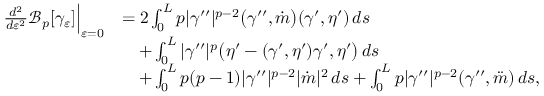
\begin{array} { r l } { \frac { d ^ { 2 } } { d \varepsilon ^ { 2 } } \mathcal { B } _ { p } [ \gamma _ { \varepsilon } ] \Big | _ { \varepsilon = 0 } } & { = 2 \int _ { 0 } ^ { L } p | \gamma ^ { \prime \prime } | ^ { p - 2 } \big ( \gamma ^ { \prime \prime } , \dot { m } \big ) ( \gamma ^ { \prime } , \eta ^ { \prime } ) \, d s } \\ & { \quad + \int _ { 0 } ^ { L } | \gamma ^ { \prime \prime } | ^ { p } \big ( \eta ^ { \prime } - ( \gamma ^ { \prime } , \eta ^ { \prime } ) \gamma ^ { \prime } , \eta ^ { \prime } \big ) \, d s } \\ & { \quad + \int _ { 0 } ^ { L } p ( p - 1 ) | \gamma ^ { \prime \prime } | ^ { p - 2 } | \dot { m } | ^ { 2 } \, d s + \int _ { 0 } ^ { L } p | \gamma ^ { \prime \prime } | ^ { p - 2 } ( \gamma ^ { \prime \prime } , \ddot { m } ) \, d s , } \end{array}